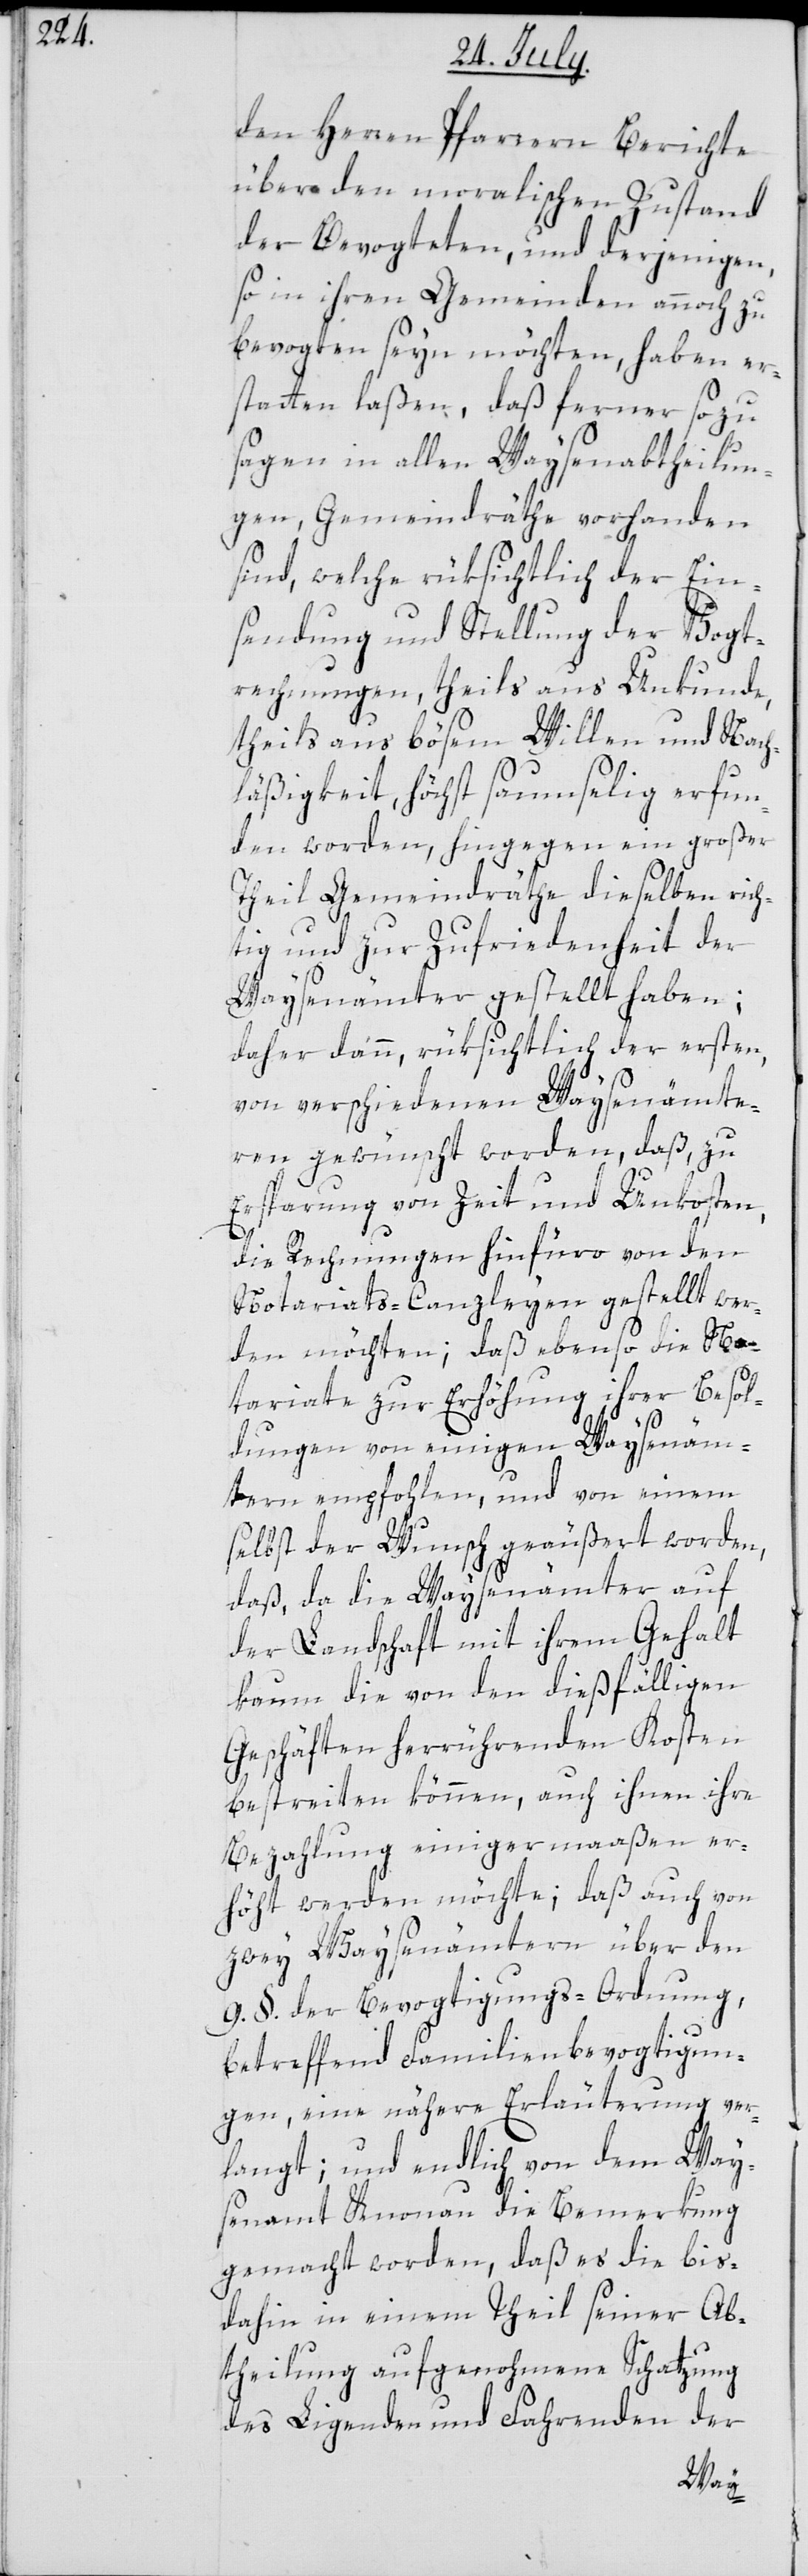
den Herren Pfarrern Berichte
über den moralischen Zustand
der Bevogteten, und derjenigen,
so in ihren Gemeinden annoch zu
bevogten seyn möchten, haben er¬
statten laßen, daß ferner sozu
sagen in allen Waysenabtheilun¬
gen, Gemeindräthe vorhanden
sind, welche rüksichtlich der Ein¬
sendung und Stellung der Vogt¬
rechnungen, theils aus Unkunde,
theils aus bösem Willen und Nach¬
läßigkeit, höchst saumselig erfun¬
den worden, hingegen ein großer
Theil Gemeindräthe dieselben rich¬
tig und zur Zufriedenheit der
Waysenämter gestellt haben;
daher dann, rüksichtlich der ersten,
von verschiedenen Waysenämte¬
ren gewünscht worden, daß zu
Ersparung von Zeit und Unkosten,
die Rechnungen hinfüro von den
Notariats-Canzleyen gestellt wer¬
den möchten; daß ebenso die No¬
tariate zur Erhöhung ihrer Besol¬
dungen von einigen Waysenäm¬
tern empfohlen, und von einem
selbst der Wunsch geäußert worden,
daß, da die Waysenämter auf
der Landschaft mit ihrem Gehalt
kaum die von den dießfälligen
Geschäften herrührenden Kosten
bestreiten können, auch ihnen ihre
Bezahlung einiger maaßen er¬
höht werden möchte; daß auch von
zwey Waysenämtern über den
9. §. der Bevogtigungs-Ordnung,
betreffend Familienbevogtigun¬
gen, eine nähere Erläuterung ver¬
langt; und endlich von dem Way¬
senamt Knonau die Bemerkung
gemacht worden, daß es die bis¬
dahin in einem Theil seiner Ab¬
theilung aufgenohmene Schatzung
des Ligenden und Fahrenden der